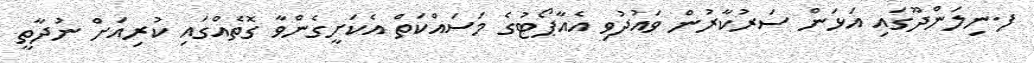
ފ.ނިލަންދޫގައި އަޅަން ސަރުކާރުން ވައުދުވި އެއާޕޯޓުގެ މަސައްކަތް އެކަށީގެންވާ ގޮތެއްގައި ކުރިއަށް ނުދާތީ